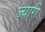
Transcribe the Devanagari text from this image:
ज्यारी